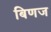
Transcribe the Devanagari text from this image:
बिणज